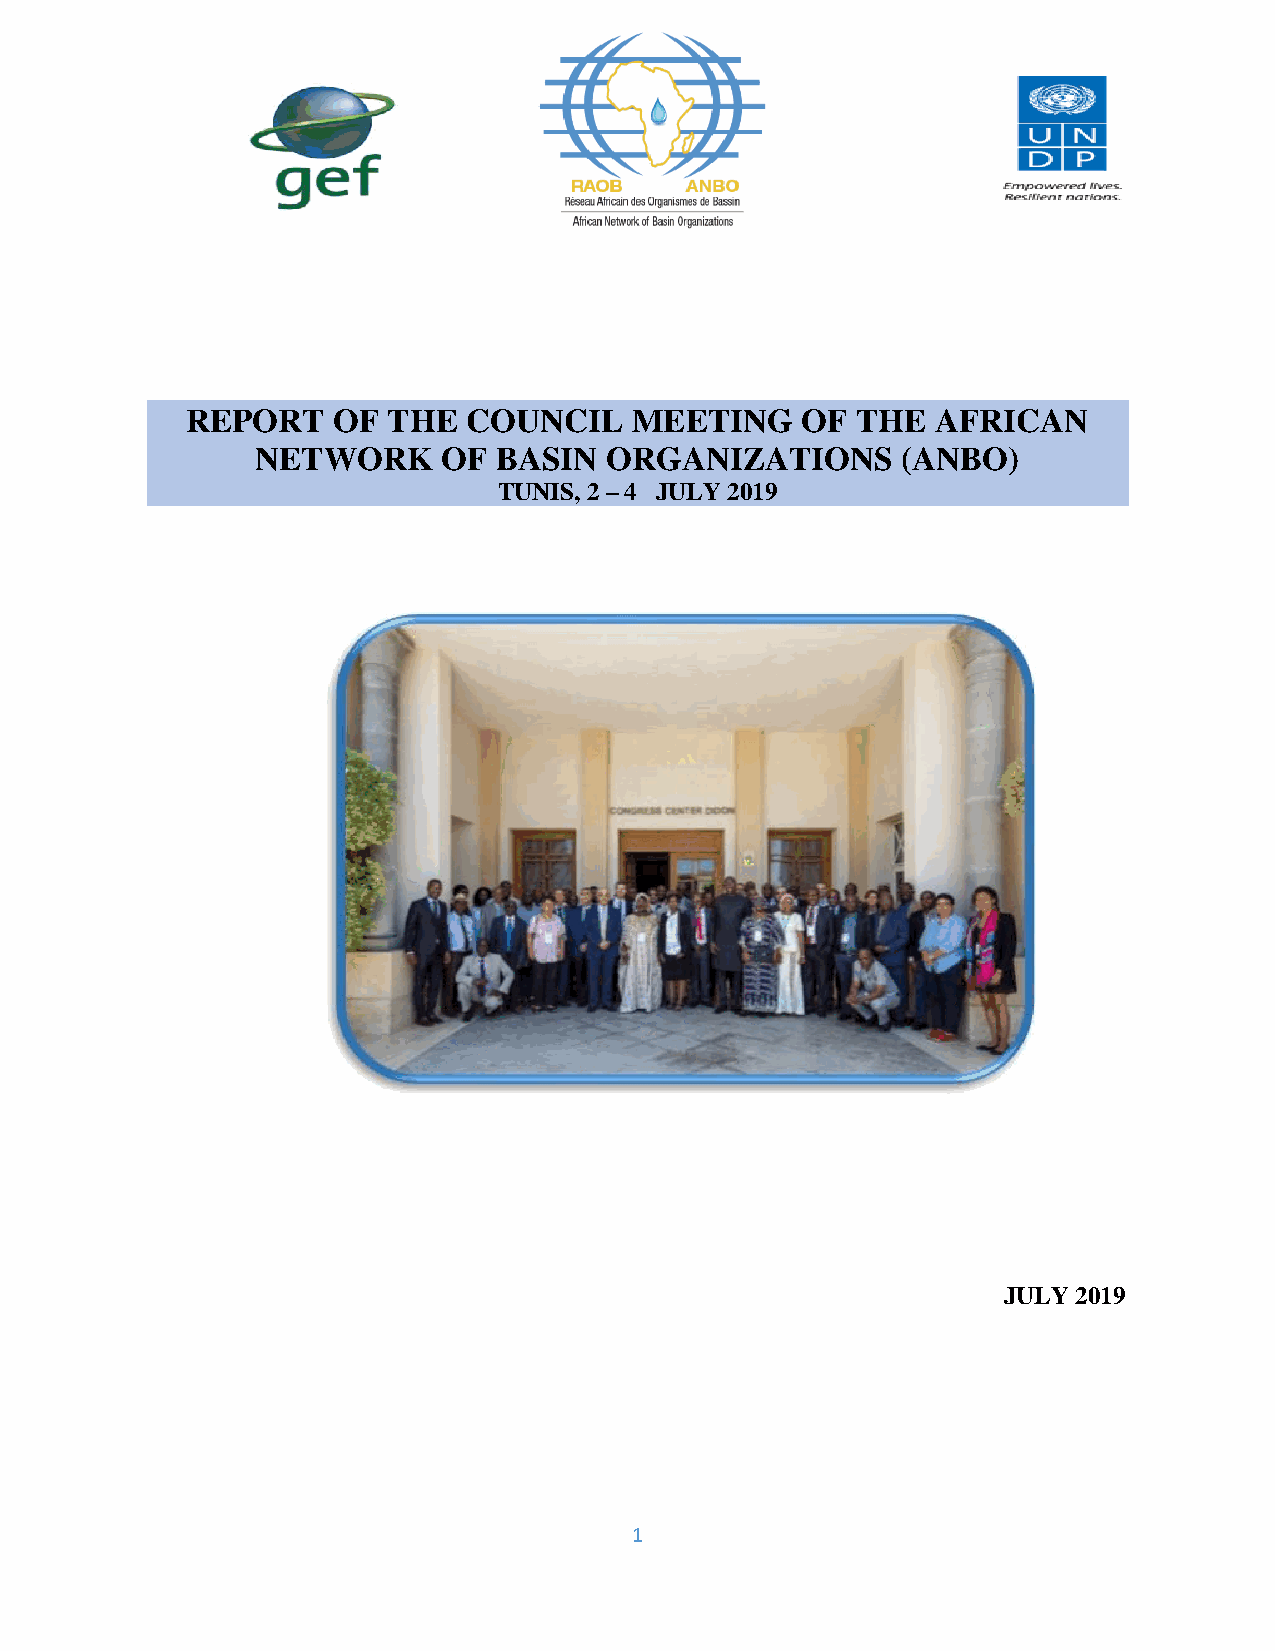
REPORT    OF  THE  COUNCIL    MEETING    OF  THE  AFRICAN
 NETWORK     OF  BASIN  ORGANIZATIONS       (ANBO)
 TUNIS, 2 – 4 JULY 2019
 JULY 2019
 1